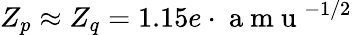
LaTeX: Z_{p}\approx Z_{q}=1.15e\cdot\mathrm{~a~m~u~}^{-1/2}